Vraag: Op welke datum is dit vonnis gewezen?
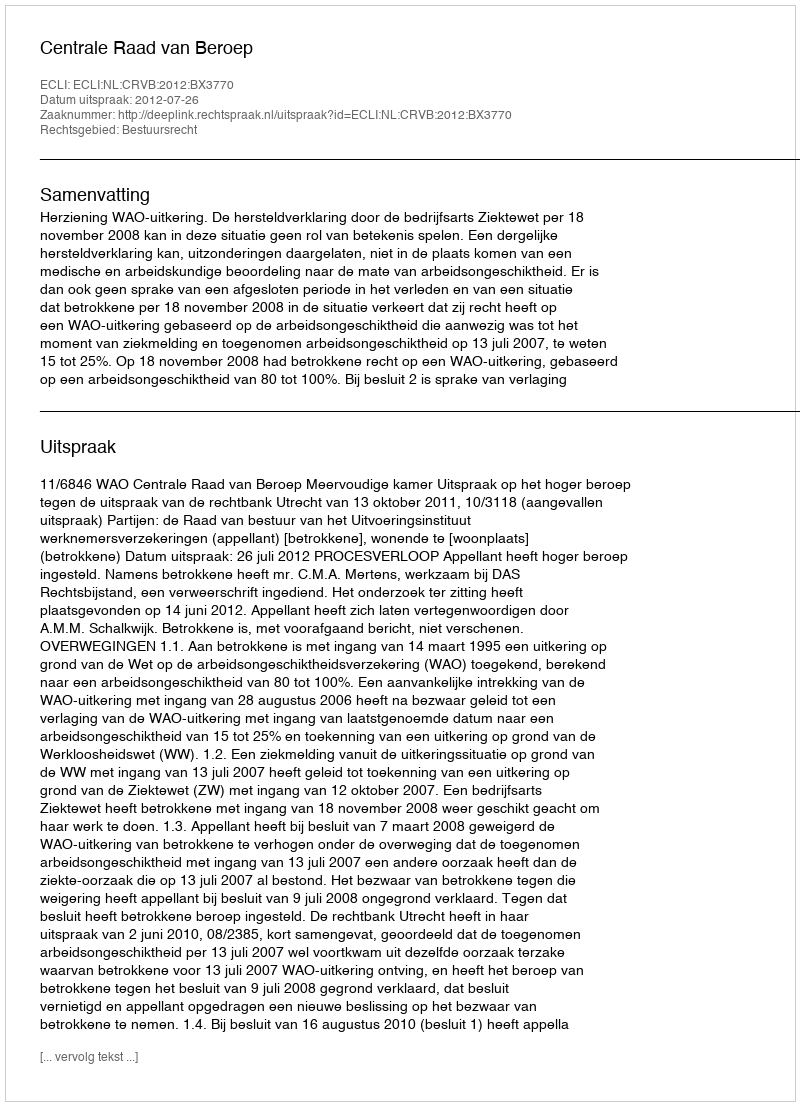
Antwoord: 2012-07-26